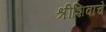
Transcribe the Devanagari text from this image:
श्रीशिवाचे